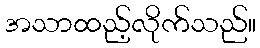
အသာထည့်လိုက်သည်။